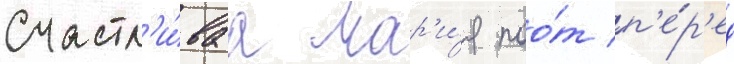
Счастл'и́ваа мар'и́я поо́т п'е́р'ед